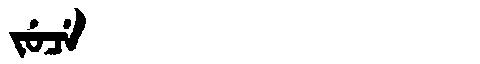
Manchu: ᠵᡠᠴᡝ
Romanization: JUCE